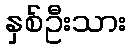
နှစ်ဦးသား